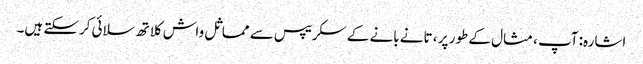
اشارہ: آپ ، مثال کے طور پر ، تانے بانے کے سکریپس سے مماثل واش کلاتھ سلائی کرسکتے ہیں۔